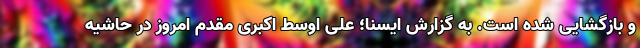
و بازگشایی شده است. به گزارش ایسنا؛ علی اوسط اکبری مقدم امروز در حاشیه